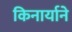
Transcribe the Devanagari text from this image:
किनार्याने